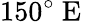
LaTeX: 150^{\circ}\mathrm{~E~}